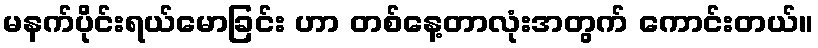
မနက်ပိုင်းရယ်မောခြင်း ဟာ တစ်နေ့တာလုံးအတွက် ကောင်းတယ်။